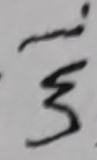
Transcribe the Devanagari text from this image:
त्रि